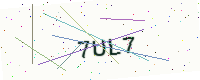
Text: 7UL7